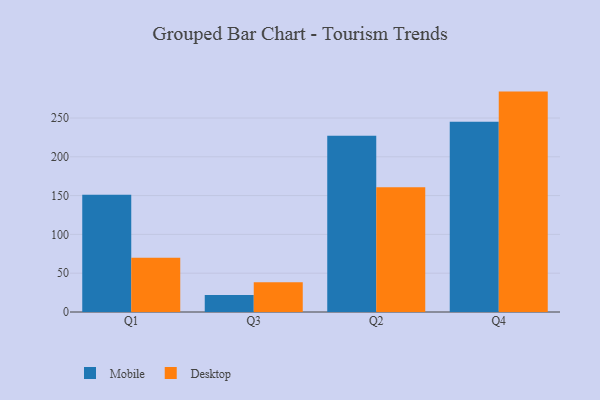
{"axis": {"x": "Quarter", "y": "Revenue (USD Million)"}, "legend": ["Desktop", "Mobile"], "data": [{"x": "Q1", "y": 151.1, "type": "Mobile"}, {"x": "Q1", "y": 69.9, "type": "Desktop"}, {"x": "Q3", "y": 22.0, "type": "Mobile"}, {"x": "Q3", "y": 38.2, "type": "Desktop"}, {"x": "Q2", "y": 227.2, "type": "Mobile"}, {"x": "Q2", "y": 160.8, "type": "Desktop"}, {"x": "Q4", "y": 245.1, "type": "Mobile"}, {"x": "Q4", "y": 284.0, "type": "Desktop"}]}